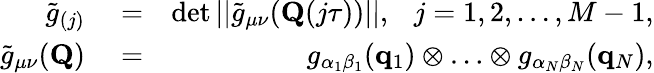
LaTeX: \begin{array}{rlr}{\tilde{g}_{(j)}}&{{}=}&{\operatorname*{det}||\tilde{g}_{\mu\nu}(\mathbf{Q}(j\tau))||,~~~j=1,2,\ldots,M-1,}\\ {\tilde{g}_{\mu\nu}(\mathbf{Q})}&{{}=}&{g_{\alpha_{1}\beta_{1}}(\mathbf{q}_{1})\otimes\ldots\otimes g_{\alpha_{N}\beta_{N}}(\mathbf{q}_{N}),}\end{array}